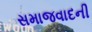
સમાજવાદની